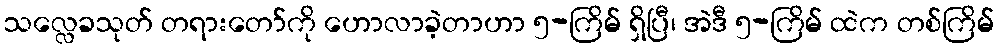
သလ္လေခသုတ် တရားတော်ကို ဟောလာခဲ့တာဟာ ၅-ကြိမ် ရှိပြီ၊ အဲဒီ ၅-ကြိမ် ထဲက တစ်ကြိမ်